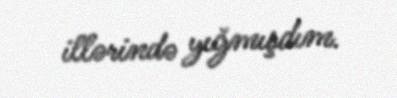
illərində yığmışdım.